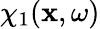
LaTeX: \chi_{1}(\mathbf{x},\omega)